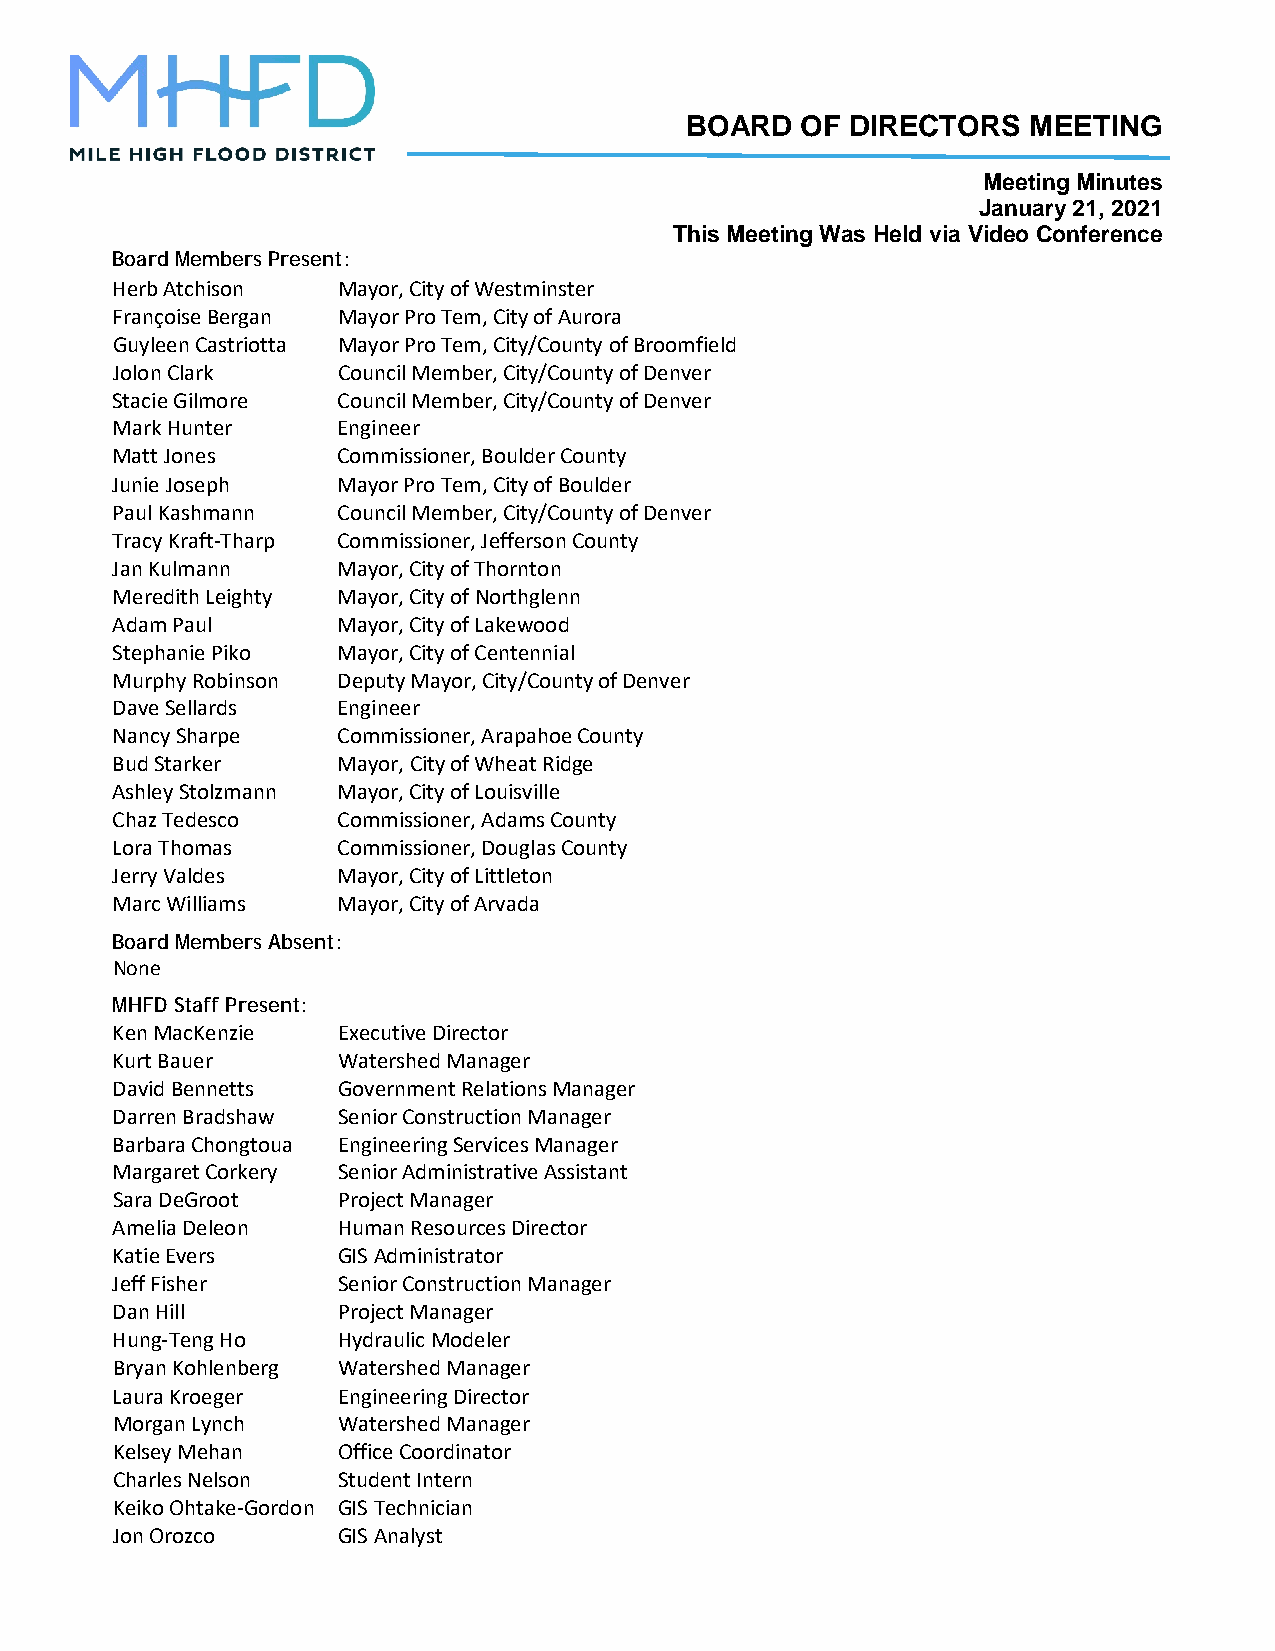
BOARD   OF DIRECTORS   MEETING
 Meeting Minutes
 January 21, 2021
 This Meeting Was Held via Video Conference
 Board Members Present:
 Herb Atchison  Mayor, City of Westminster
 Françoise Bergan Mayor Pro Tem, City of Aurora
 Guyleen Castriotta Mayor Pro Tem, City/County of Broomfield
 Jolon Clark    Council Member, City/County of Denver
 Stacie Gilmore Council Member, City/County of Denver
 Mark Hunter    Engineer
 Matt Jones     Commissioner, Boulder County
 Junie Joseph   Mayor Pro Tem, City of Boulder
 Paul Kashmann  Council Member, City/County of Denver
 Tracy Kraft-Tharp Commissioner, Jefferson County
 Jan Kulmann    Mayor, City of Thornton
 Meredith Leighty Mayor, City of Northglenn
 Adam Paul      Mayor, City of Lakewood
 Stephanie Piko Mayor, City of Centennial
 Murphy Robinson Deputy Mayor, City/County of Denver
 Dave Sellards  Engineer
 Nancy Sharpe   Commissioner, Arapahoe County
 Bud Starker    Mayor, City of Wheat Ridge
 Ashley Stolzmann Mayor, City of Louisville
 Chaz Tedesco   Commissioner, Adams County
 Lora Thomas    Commissioner, Douglas County
 Jerry Valdes   Mayor, City of Littleton
 Marc Williams  Mayor, City of Arvada
 Board Members Absent:
 None
 MHFD Staff Present:
 Ken MacKenzie  Executive Director
 Kurt Bauer     Watershed Manager
 David Bennetts Government Relations Manager
 Darren Bradshaw Senior Construction Manager
 Barbara Chongtoua Engineering Services Manager
 Margaret Corkery Senior Administrative Assistant
 Sara DeGroot   Project Manager
 Amelia Deleon  Human Resources Director
 Katie Evers    GIS Administrator
 Jeff Fisher    Senior Construction Manager
 Dan Hill       Project Manager
 Hung-Teng Ho   Hydraulic Modeler
 Bryan Kohlenberg Watershed Manager
 Laura Kroeger  Engineering Director
 Morgan Lynch   Watershed Manager
 Kelsey Mehan   Office Coordinator
 Charles Nelson Student Intern
 Keiko Ohtake-Gordon GIS Technician
 Jon Orozco     GIS Analyst